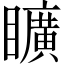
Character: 矌